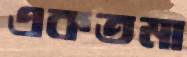
একতমা